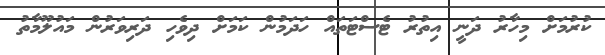
ކުރުމަށް މިހާރު ދަނީ އިތުރު ޓެސްޓަތައް ހަދަމުން ކަމަށް ދިވެހި ދަރިވަރުން މައުލޫމާތު